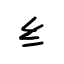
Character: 纟